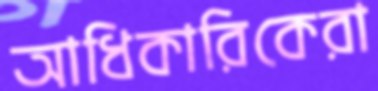
আধিকারিকেরা